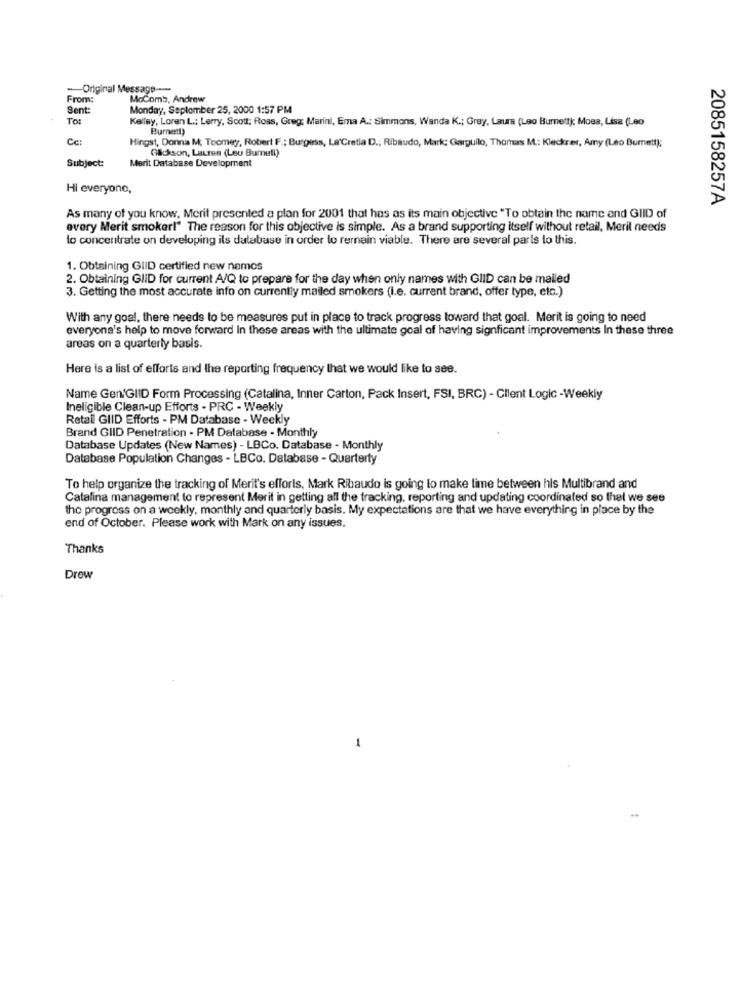
Original Message ----
From:
McComb, Andrew
Sent
Monday, September 25, 2000 1:57 PM
To:
Kelley, Loren L .: Lerry, Scott; Ross, Greg; Marini, Ema A .: Simmons, Wanda K .; Grey, Laurs (Leo Burnett): Moes, Lisa (Leo
Burnett)
Cc:
Hingst, Donna M. Toomeg, Robert F .; Burgess, La'Cretia D .; Ribaudo, Mark; Garguilo, Thomas M .: Kleckrer, Amy (Leo Burnett);
Glickson, Lauren (Leu Burnull)
Subject:
Merit Database Development
Hi everyone,
2085158257A
As many of you know, Merit presented a plan for 2001 that has as its main objective "To obtain the name and GIID of
every Merit smoker!" The reason for this objective is simple. As a brand supporting itself without retail, Meril needs
to concentrate on developing ils database in order to remain viable. There are several paris to this.
1. Obtaining GIID certified new namos
2. Obtaining GliD for current A/Q to prepare for the day when only names with GIID can be mailed
3. Getting the most accurate info on currently mailed smokers (i.e. current brand, offer type, etc.)
With any goal, there needs to be measures put in place to track progress toward that goal. Merit is going to need
everyone's help to move forward In these areas with the ultimate goal of having signficant improvements In these three
areas on a quarterly basis.
Here is a list of efforts and the reporting frequency that we would like to see.
Name Gen/GIID Form Processing (Catalina, Inner Carton, Pack Insert, FSI, BRC) - Client Logic -Weekly
Ineligible Clean-up Efforts - PRC - Weekly
Retail GIID Efforts - PM Database - Weekly
Brand GIID Penetration - PM Database - Monthly
Database Updates (New Names) - LBCo. Database - Monthly
Database Population Changes - LBCo. Database - Quarterty
To help organize the tracking of Merit's efforts, Mark Ribaudo is going to make time between his Multibrand and
Catalina management to represent Merit in getting all the tracking, reporting and updating coordinated so thel we see
the progress on a weekly, monthly and quarterly basis. My expectations are that we have everything in place by the
end of October. Please work with Mark on any issues.
Thanks
Drew
1